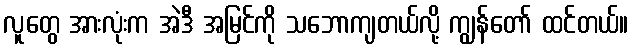
လူတွေ အားလုံးက အဲဒီ အမြင်ကို သဘောကျတယ်လို့ ကျွန်တော် ထင်တယ်။